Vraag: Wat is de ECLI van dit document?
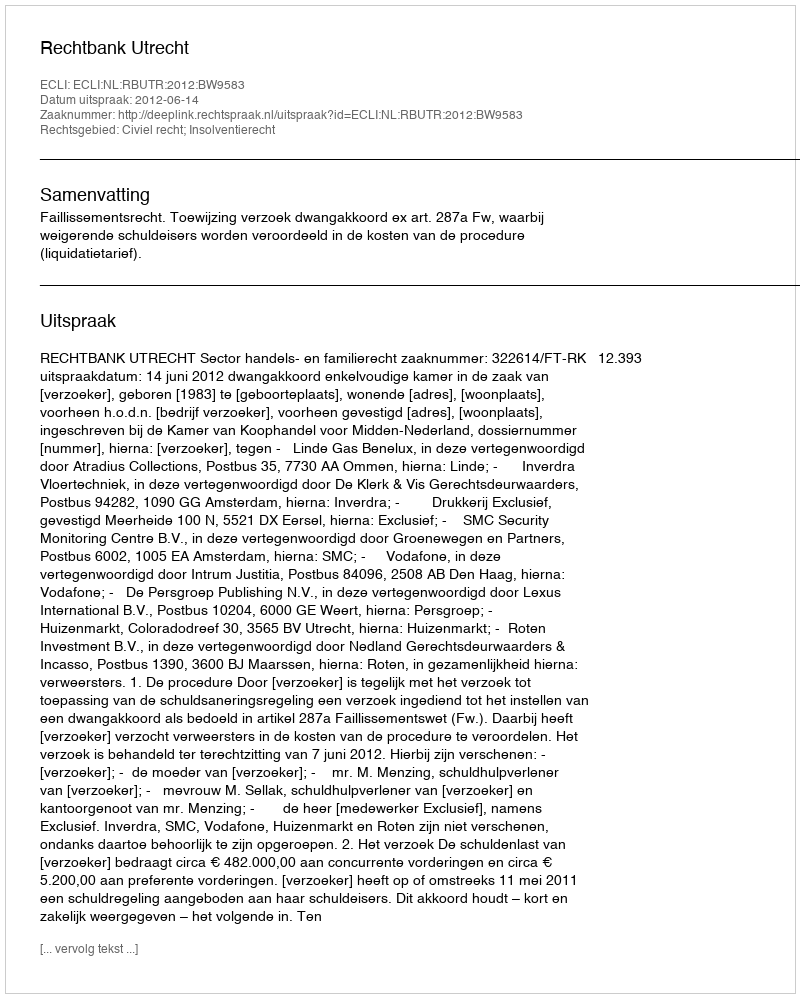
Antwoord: ECLI:NL:RBUTR:2012:BW9583